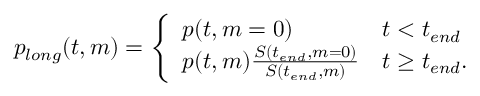
\begin{array} { r } { p _ { l o n g } ( t , m ) = \left\{ \begin{array} { l l } { p ( t , m = 0 ) } & { t < t _ { e n d } } \\ { p ( t , m ) \frac { S ( t _ { e n d } , m = 0 ) } { S ( t _ { e n d } , m ) } } & { t \geq t _ { e n d } . } \end{array} \right. } \end{array}